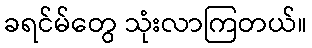
ခရင်မ်တွေ သုံးလာကြတယ်။